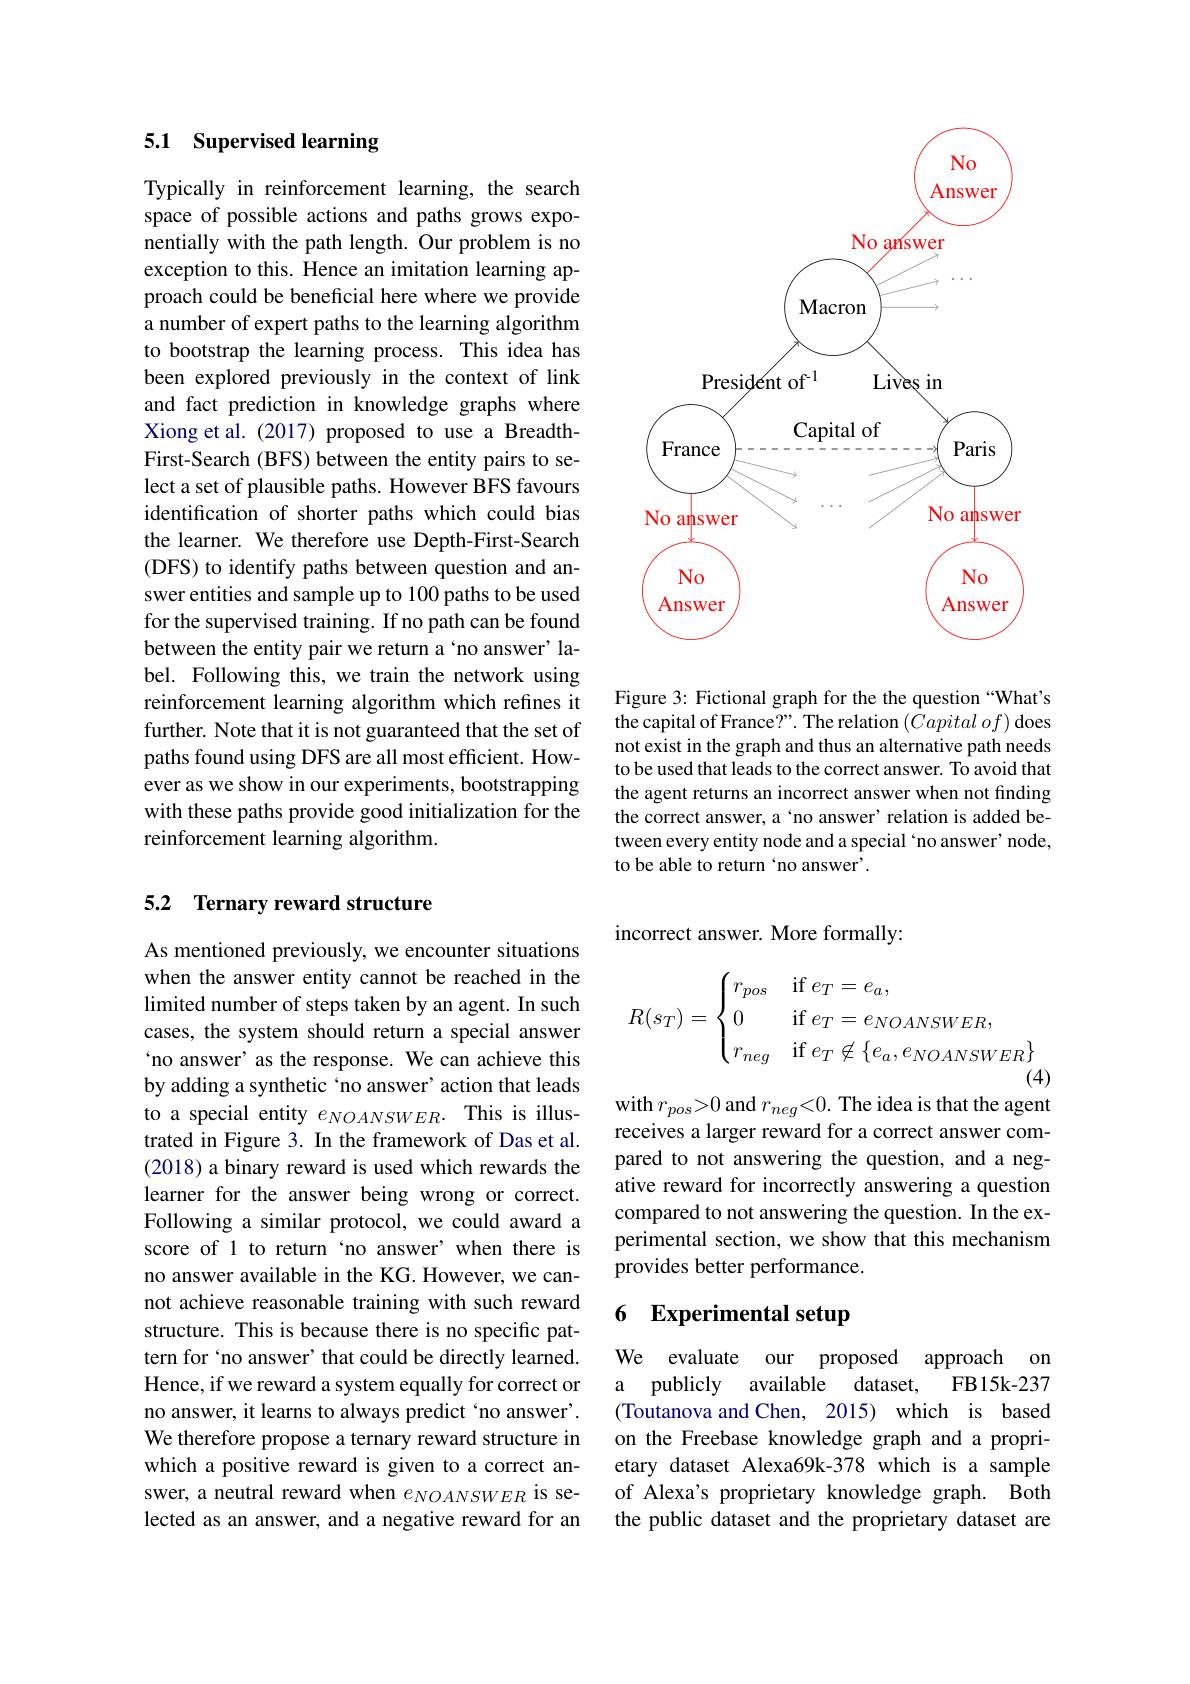
### 5.1 Supervised learning

Typically in reinforcement learning, the search space of possible actions and paths grows exponentially with the path length. Our problem is no exception to this. Hence an imitation learning approach could be beneficial here where we provide a number of expert paths to the learning algorithm to bootstrap the learning process. This idea has been explored previously in the context of link and fact prediction in knowledge graphs where Xiong et al. (2017) proposed to use a BreadthFirst-Search (BFS) between the entity pairs to select a set of plausible paths. However BFS favours identification of shorter paths which could bias the learner. We therefore use Depth-First-Search (DFS) to identify paths between question and answer entities and sample up to 100 paths to be used for the supervised training. If no path can be found between the entity pair we return a‘no answer’ label. Following this, we train the network using reinforcement learning algorithm which refines it further. Note that it is not guaranteed that the set of paths found using DFS are all most efficient. However as we show in our experiments, bootstrapping with these paths provide good initialization for the reinforcement learning algorithm.

### 5.2 Ternary reward structure

As mentioned previously, we encounter situations when the answer entity cannot be reached in the limited number of steps taken by an agent. In such cases, the system should return a special answer `no answer' as the response. We can achieve this by adding a synthetic 'no answer' action that leads to a special entity $e_{NOANSWER}.$ This is illustrated in Figure 3. In the framework of Das et al. (2018) a binary reward is used which rewards the learner for the answer being wrong or correct. Following a similar protocol, we could award a score of 1 to return‘no answer’when there is no answer available in the KG. However, we cannot achieve reasonable training with such reward structure. This is because there is no specific pattern for‘no answer’that could be directly learned. Hence, if we reward a system equally for correct or no answer, it learns to always predict`no answer'. We therefore propose a ternary reward structure in which a positive reward is given to a correct answer, a neutral reward when $e_{NOANSWER}$ is selected as an answer, and a negative reward for an

<FigureHere>

Figure 3: Fictional graph for the the question “What’s the capital of France?". The relation $( Capital\textit{of})$ does not exist in the graph and thus an alternative path needs to be used that leads to the correct answer. To avoid that the agent returns an incorrect answer when not finding the correct answer, a ‘no answer’ relation is added between every entity node and a special ‘no answer’ node, to be able to return‘no answer’.

incorrect answer. More formally:
$$R(s_T)=\begin{cases}r_{pos}&\text{if}e_T=e_a,\\0&\text{if}e_T=e_{NOANSWER},\\r_{neg}&\text{if}e_T\not\in\{e_a,e_{NOANSWER}\}\end{cases}$$
with $r_{pos}>0$ and $r_{neg}<0.$ The idea is that the agent receives a larger reward for a correct answer compared to not answering the question, and a negative reward for incorrectly answering a question compared to not answering the question. In the experimental section, we show that this mechanism provides better performance.

## 6 Experimental setup

We evaluate our proposed approach on
a publicly available dataset,
FB15k-237
(Toutanova and Chen, 2015) which is based on the Freebase knowledge graph and a proprietary dataset Alexa69k-378 which is a sample of Alexa's proprietary knowledge graph. Both the public dataset and the proprietary dataset are